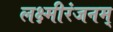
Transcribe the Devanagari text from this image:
लक्ष्मीरंजनम्